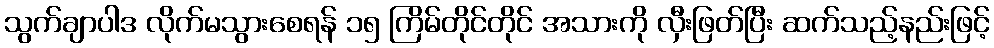
သွက်ချာပါဒ လိုက်မသွားစေရန် ၁၅ ကြိမ်တိုင်တိုင် အသားကို လှီးဖြတ်ပြီး ဆက်သည့်နည်းဖြင့်